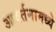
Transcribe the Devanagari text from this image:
आवर्तनामध्ये